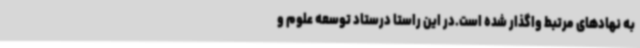
به نهادهای مرتبط واگذار شده است.در این راستا درستاد توسعه علوم و